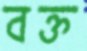
বক্ত